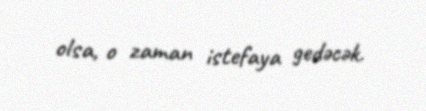
olsa, o zaman istefaya gedəcək.